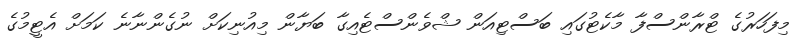
މިފަހަރުގެ ޓްރާންސްފާ މާކެޓުގައި ބަސްޓިއަން ޝްވެންސްޓެއިގާ ބަޔާން މިއުނިކަށް ނުގެންނާނެ ކަމަށް އެޓީމުގެ